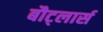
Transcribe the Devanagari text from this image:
बौट्लार्स